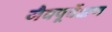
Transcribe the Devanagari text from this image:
जैवपूर्वेक्षण